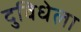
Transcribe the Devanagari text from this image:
दुविधेला